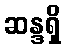
ဆန္ဒရှိ